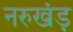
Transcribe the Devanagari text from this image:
नरुखंड़